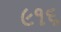
૯૧૬